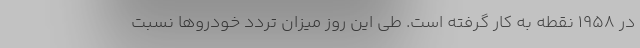
در ۱۹۵۸ نقطه به کار گرفته است. طی این روز میزان تردد خودروها نسبت